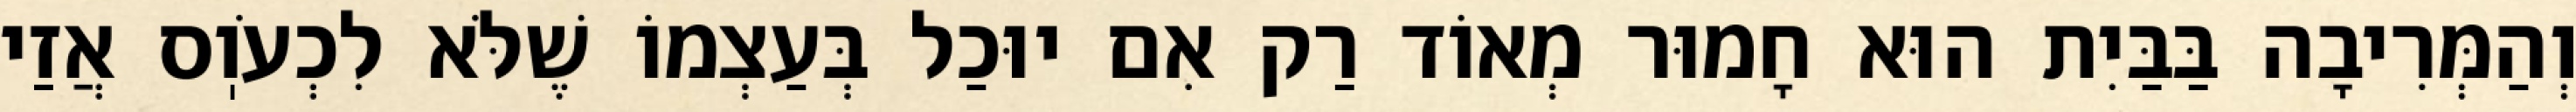
וְהַמְּרִיבָה בַּבַּיִת הוּא חָמוּר מְאוֹד רַק אִם יוּכַל בְּעַצְמוֹ שֶׁלֹּא לִכְעֹוֽס אֲזַי